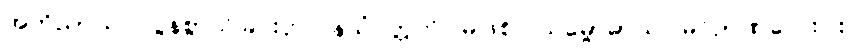
အဘိညာယ၊ လွန်စွာသိခြင်းငှာ။ နသံဝတ္တတိ၊ မဖြစ်။ သမ္ဗောဓာယ၊ မဂ်ဉာဏ်လေးပါး